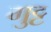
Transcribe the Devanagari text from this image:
गुट्ट